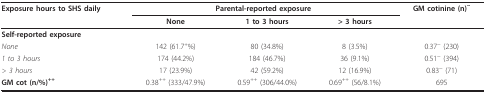
| Exposure hours to SHS daily | <COLSPAN=3> Parental-reported exposure | GM cotinine (n)~ |
 |  | None | 1 to 3 hours | > 3 hours |  |
 | --- | --- | --- | --- | --- |
 | Self-reported exposure |  |  |  |  |
 | None | 142 (61.7+%) | 80 (34.8%) | 8 (3.5%) | 0.37~ (230) |
 | 1 to 3 hours | 174 (44.2%) | 184 (46.7%) | 36 (9.1%) | 0.51~ (394) |
 | > 3 hours | 17 (23.9%) | 42 (59.2%) | 12 (16.9%) | 0.83~ (71) |
 | GM cot (n/%)++ | 0.38++ (333/47.9%) | 0.59++ (306/44.0%) | 0.69++ (56/8.1%) | 695 |